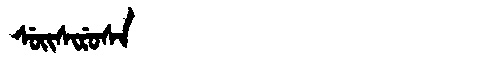
Manchu: ᠰᡠᡳᠰᡳᡵᡠᠰᠠ
Romanization: SUISIRUSA